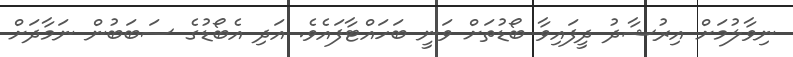
ނިވާލުމަށް އިރުޝާދު ދީފައިވާ ބޯޑުތަށް ވަނީ ބަހައްޓާފައެވެ. އަދި އެބޯޑުގެ ސަބަބުން ނަމާދަށް